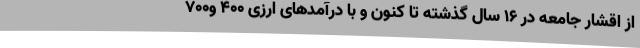
از اقشار جامعه در ۱۶ سال گذشته تا کنون و با درآمدهای ارزی ۴۰۰ و۷۰۰